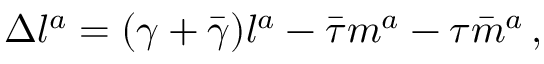
\Delta l ^ { a } = ( \gamma + { \bar { \gamma } } ) l ^ { a } - { \bar { \tau } } m ^ { a } - \tau { \bar { m } } ^ { a } \, ,